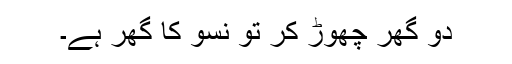
دو گھر چھوڑ کر تو نسو کا گھر ہے۔